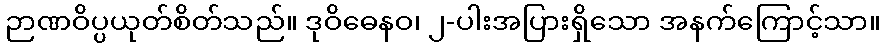
ဉာဏဝိပ္ပယုတ်စိတ်သည်။ ဒုဝိဓေနဝ၊ ၂-ပါးအပြားရှိသော အနက်ကြောင့်သာ။